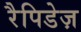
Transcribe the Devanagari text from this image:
रैपिडेज़